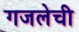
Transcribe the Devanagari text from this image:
गजलेची